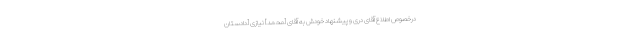
درخصوص اطلاع آقاى درى و پیشنهاد خودش به آقاى [محمد] نیازى [دادستان